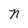
Character: N